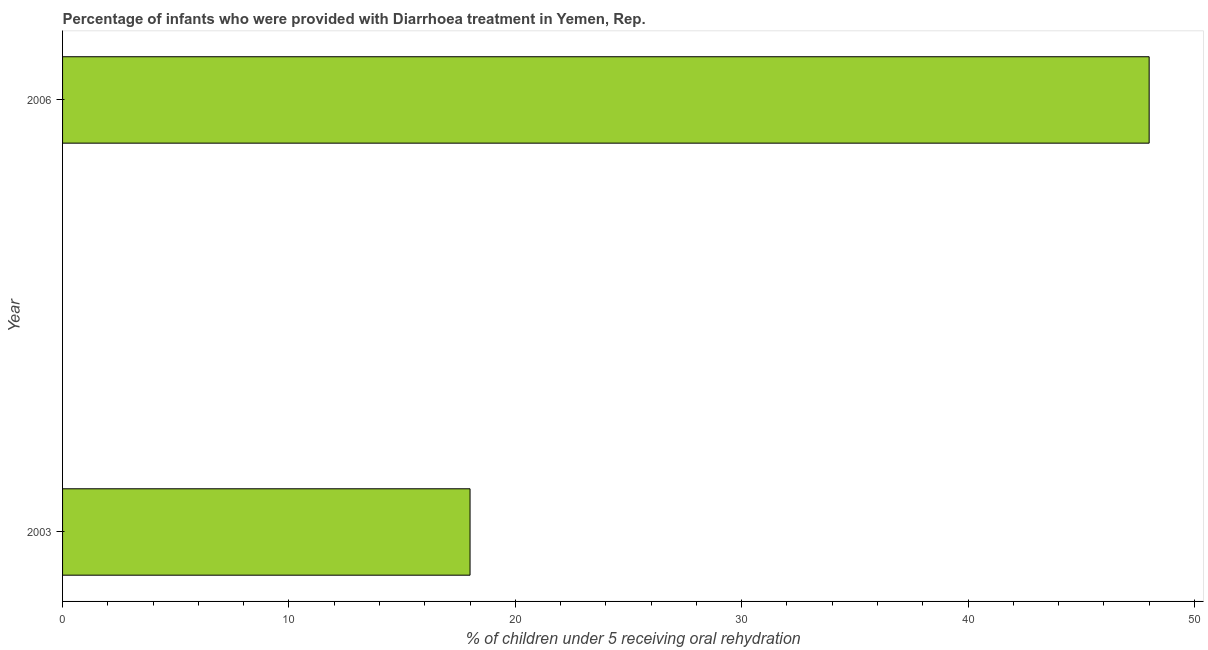
| Year | Diarrhea treatment |
 | --- | --- |
 | 2003 | 18 |
 | 2006 | 48 |